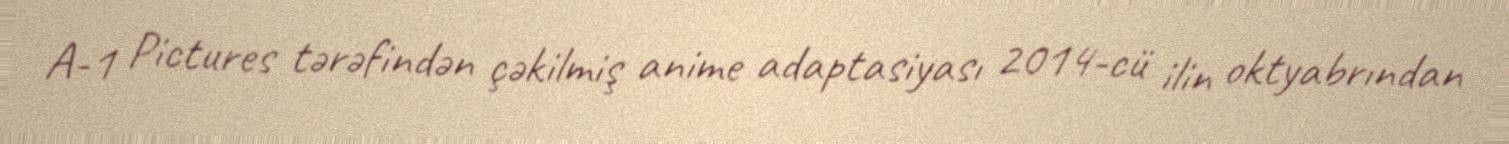
A-1 Pictures tərəfindən çəkilmiş anime adaptasiyası 2014-cü ilin oktyabrından